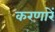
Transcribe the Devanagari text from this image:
करणारें